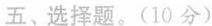
五、选择题。(10分)